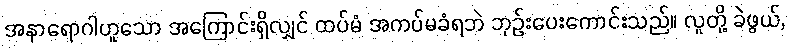
အနာရောဂါဟူသော အကြောင်းရှိလျှင် ထပ်မံ အကပ်မခံရဘဲ ဘုဉ်းပေးကောင်းသည်။ လူတို့ ခဲဖွယ်,